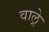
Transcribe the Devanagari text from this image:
वाल्रे